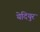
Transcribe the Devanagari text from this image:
येदियुर